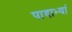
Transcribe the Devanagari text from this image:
पादाभ्यां